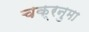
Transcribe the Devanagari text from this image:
चक्रनुमा